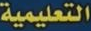
التعليمية